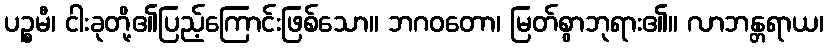
ပဉ္စမီ၊ ငါးခုတို့၏ပြည့်ကြောင်းဖြစ်သော။ ဘဂဝတော၊ မြတ်စွာဘုရား၏။ လာဘန္တရာယ၊